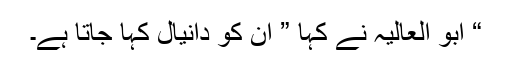
“ ابو العالیہ نے کہا ” ان کو دانیال کہا جاتا ہے۔